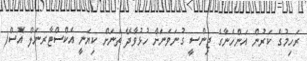
ރަހިމުގެ ކަރުން އަންހެނާގެ ޖިންސީ ގުނަވަނަށް ހުޅުވާދޭ ތަނަށް ކިޔަނީ އެކްސްޓާރނަލް އޮސް(